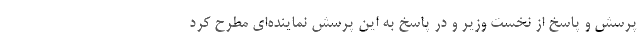
پرسش و پاسخ از نخست وزیر و در پاسخ به این پرسش نماینده‌ای مطرح کرد